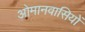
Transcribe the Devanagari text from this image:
ओमानवासियों